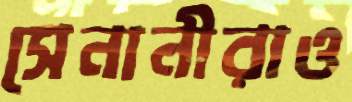
সেনানীরাও